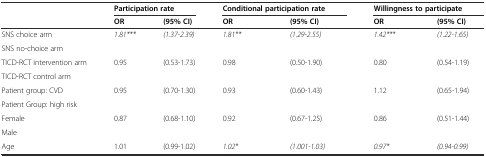
|  | <COLSPAN=2> Participation rate | <COLSPAN=2> Conditional participation rate | <COLSPAN=2> Willingness to participate |
 |  | OR | (95% CI) | OR | (95% CI) | OR | (95% CI) |
 | --- | --- | --- | --- | --- | --- | --- |
 | SNS choice arm | 1.81*** | (1.37-2.39) | 1.81** | (1.29-2.55) | 1.42*** | (1.22-1.65) |
 | SNS no-choice arm |  |  |  |  |  |  |
 | TICD-RCT intervention arm | 0.95 | (0.53-1.73) | 0.98 | (0.50-1.90) | 0.80 | (0.54-1.19) |
 | TICD-RCT control arm |  |  |  |  |  |  |
 | Patient group: CVD | 0.95 | (0.70-1.30) | 0.93 | (0.60-1.43) | 1.12 | (0.65-1.94) |
 | Patient Group: high risk |  |  |  |  |  |  |
 | Female | 0.87 | (0.68-1.10) | 0.92 | (0.67-1.25) | 0.86 | (0.51-1.44) |
 | Male |  |  |  |  |  |  |
 | Age | 1.01 | (0.99-1.02) | 1.02* | (1.001-1.03) | 0.97* | (0.94-0.99) |